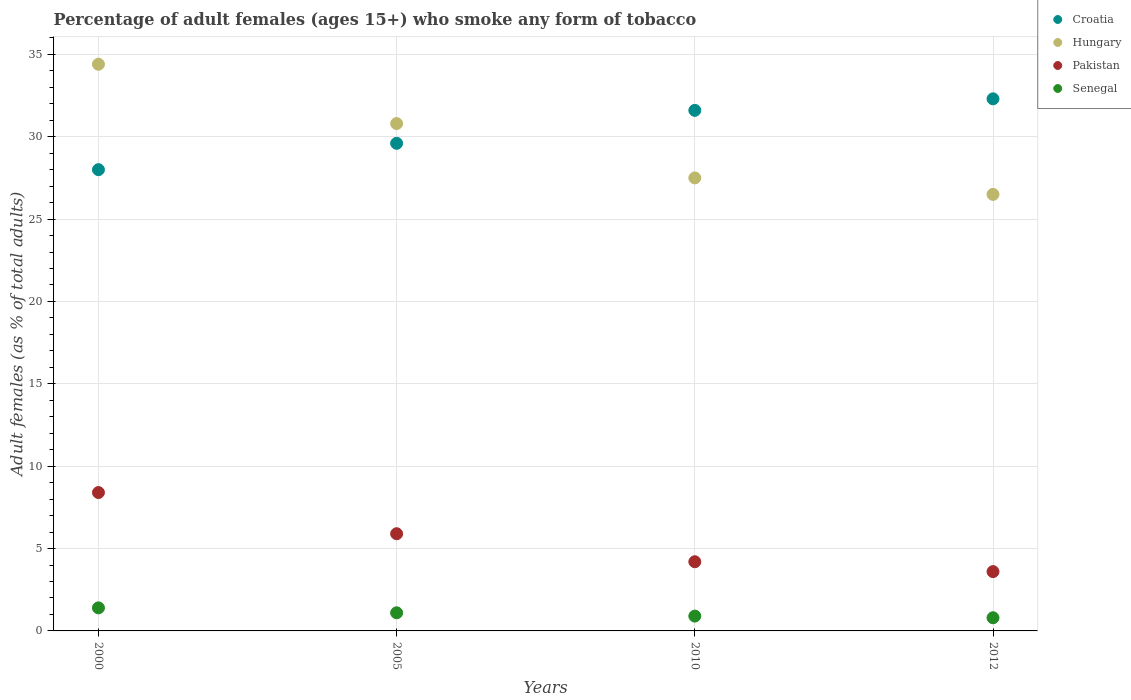
| Years | Croatia | Hungary | Pakistan | Senegal |
 | --- | --- | --- | --- | --- |
 | 2000 | 28 | 34.4 | 8.4 | 1.4 |
 | 2005 | 29.6 | 30.8 | 5.9 | 1.1 |
 | 2010 | 31.6 | 27.5 | 4.2 | 0.9 |
 | 2012 | 32.3 | 26.5 | 3.6 | 0.8 |